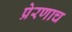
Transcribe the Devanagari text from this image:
प्रेरणाच